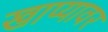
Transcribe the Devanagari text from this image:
खाप्यावर